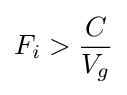
F_{i}>{\frac {C}{V_{g}}}